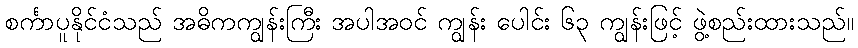
စင်္ကာပူနိုင်ငံသည် အဓိကကျွန်းကြီး အပါအဝင် ကျွန်း ပေါင်း ၆၃ ကျွန်းဖြင့် ဖွဲ့စည်းထားသည်။